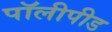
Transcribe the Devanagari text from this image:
पॉलीपीड